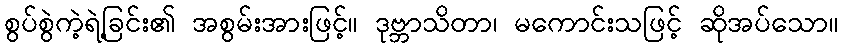
စွပ်စွဲကဲ့ရဲ့ခြင်း၏ အစွမ်းအားဖြင့်။ ဒုဗ္ဘာသိတာ၊ မကောင်းသဖြင့် ဆိုအပ်သော။